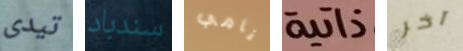
تيدى سندباد نامي ذاتية آخر